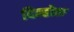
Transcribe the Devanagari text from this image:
दिन्होता